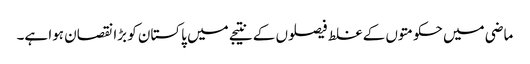
ماضی میں حکومتوں کے غلط فیصلوں کے نتیجے میں پاکستان کو بڑا نقصان ہوا ہے۔